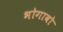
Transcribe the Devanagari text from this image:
भोगावो